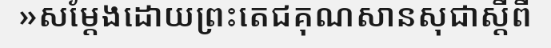
»សម្តែងដោយព្រះតេជគុណសានសុជាស្តីពី